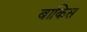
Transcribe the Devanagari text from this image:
बाकिस